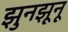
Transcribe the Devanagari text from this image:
झुनझूनू